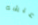
عيشه